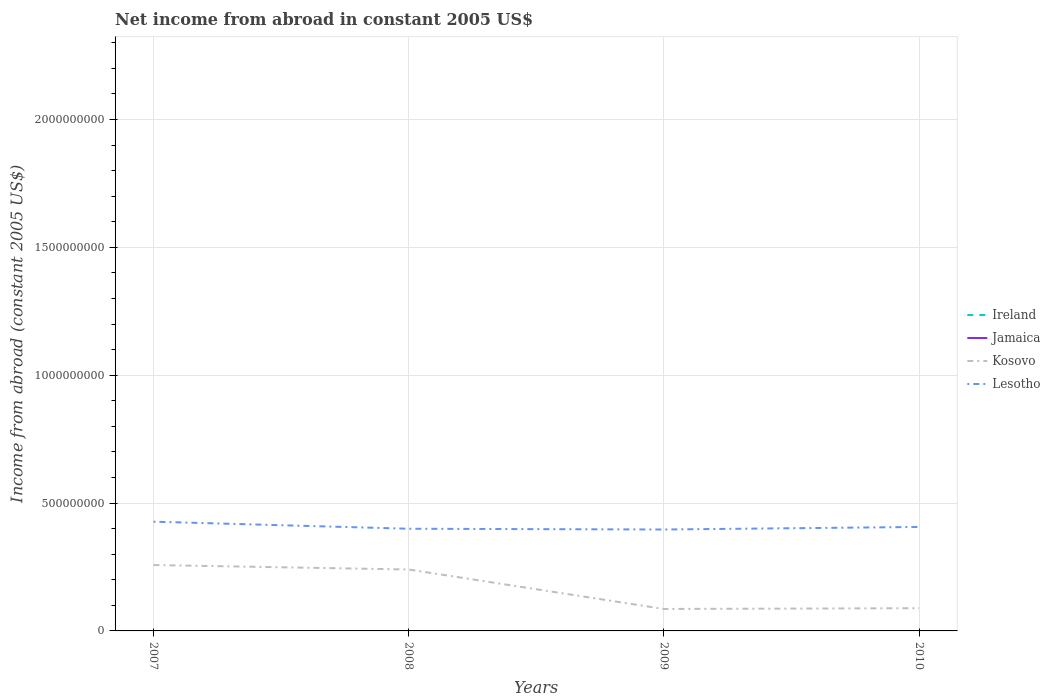
| Years | Ireland | Jamaica | Kosovo | Lesotho |
 | --- | --- | --- | --- | --- |
 | 2007 | -3.53e+10 | -6.59e+08 | 2.58e+08 | 4.27e+08 |
 | 2008 | -3.56e+10 | -5.63e+08 | 2.4e+08 | 4e+08 |
 | 2009 | -3.75e+10 | -6.64e+08 | 8.59e+07 | 3.97e+08 |
 | 2010 | -3.33e+10 | -4.93e+08 | 8.88e+07 | 4.07e+08 |